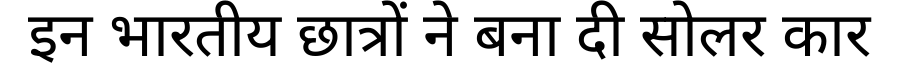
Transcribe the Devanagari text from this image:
इन भारतीय छात्रों ने बना दी सोलर कार